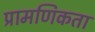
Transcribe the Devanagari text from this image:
प्रामणिकता